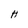
Character: H